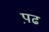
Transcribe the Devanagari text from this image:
प़ढ